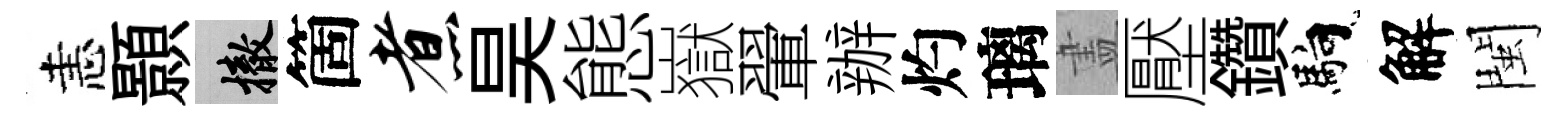
恚顥撤箇煮昊態嶽翬辦灼璃𥁞壓鑽馿解閩